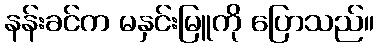
နန်းခင်က မနှင်းမြူကို ပြောသည်။